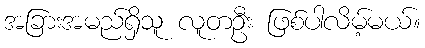
အခြားအမည်ရှိသူ လူတဦး ဖြစ်ပါလိမ့်မယ်။